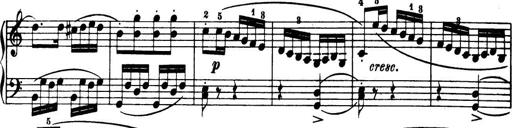
Title: 32 Sonatinas and Rondos for the Piano
Composer: Richard Kleinmichel